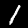
Label: 1